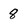
Character: 8